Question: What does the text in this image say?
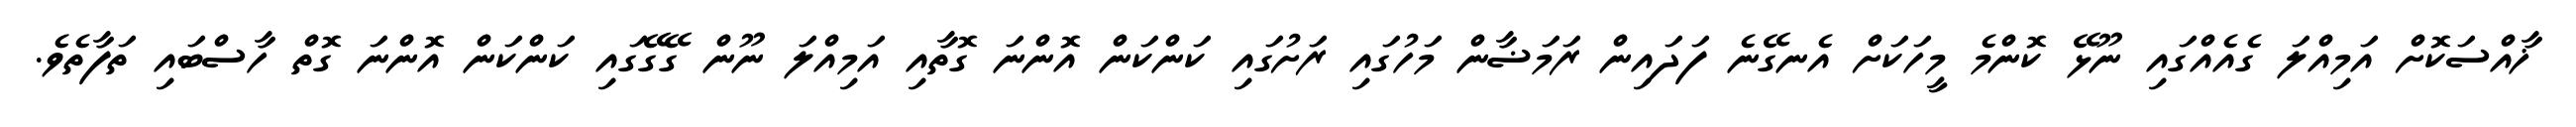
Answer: ޚާއްސަކޮށް އަމިއްލަ ގެއެއްގައި ނޫޅޭ ކޮންމެ މީހަކަށް އެނގޭނެ ފަދައިން ރަމަޟާން މަހުގައި ރަށުގައި ކަންކަން އޮންނަ ގޮތާއި އަމިއްލަ ނޫން ގޭގޭގައި ކަންކަން އޮންނަ ގޮތް ހާސްބައި ތަފާތެވެ.